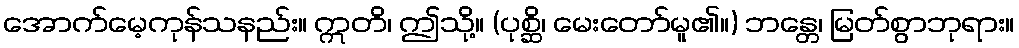
အောက်မေ့ကုန်သနည်း။ ဣတိ၊ ဤသို့။ (ပုစ္ဆိ၊ မေးတော်မူ၏။) ဘန္တေ၊ မြတ်စွာဘုရား။